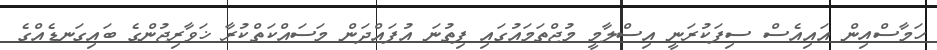
ހަމާސްއިން އައިއެސް ސިފަކުރަނީ އިސްލާމީ މުޖްތަމައުގައި ފިތުނަ އުފައްދަން މަސައްކަތްކުރާ ޚަވާރިޖުންގެ ބައިގަނޑެއްގެ